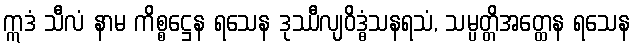
ဣဒံ သီလံ နာမ ကိစ္စဋ္ဌေန ရသေန ဒုဿီလျဝိဒ္ဓံသနရသံ, သမ္ပတ္တိအတ္ထေန ရသေန